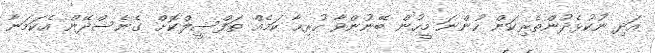
އަދި ނުކުޅެދުންތެރިކަން ހުންނަ މީހުން ބޭނުންވާ ހުރިހާ ކަމެއް ތަފްސީލްކޮށް ގެނެސްދޭން އެކަމަނާ